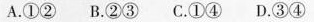
A.①② B.②③ C.①④ D.③④